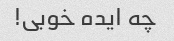
چه ایده خوبی!